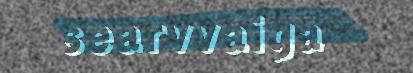
searvvaiga